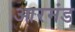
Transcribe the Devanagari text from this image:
आरमंड